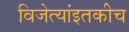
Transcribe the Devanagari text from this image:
विजेत्यांइतकीच